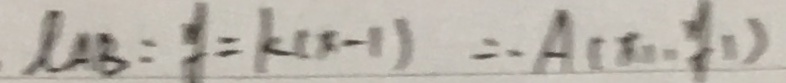
\mu B = y = k ( x - 1 ) = - A ( x _ { 1 } - y _ { 1 } )